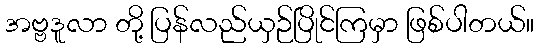
အဗ္ဗဒူလာ တို့ ပြန်လည်ယှဉ်ပြိုင်ကြမှာ ဖြစ်ပါတယ်။